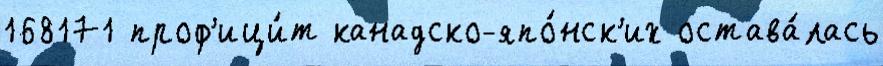
168171 проф'ици́т канадско-япо́нск'их остава́лась